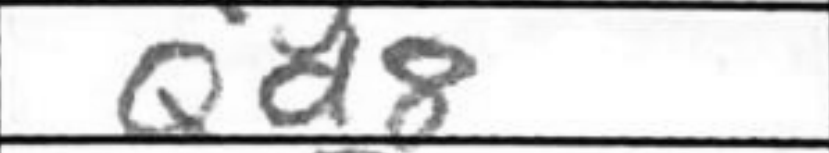
Transcription: Qd8